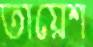
তায়েশ